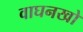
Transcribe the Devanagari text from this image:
वाघनखो